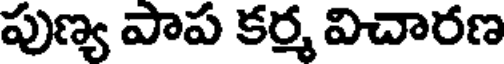
పుణ్య పాప కర్మ విచారణ